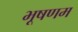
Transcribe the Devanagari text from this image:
भूषणम